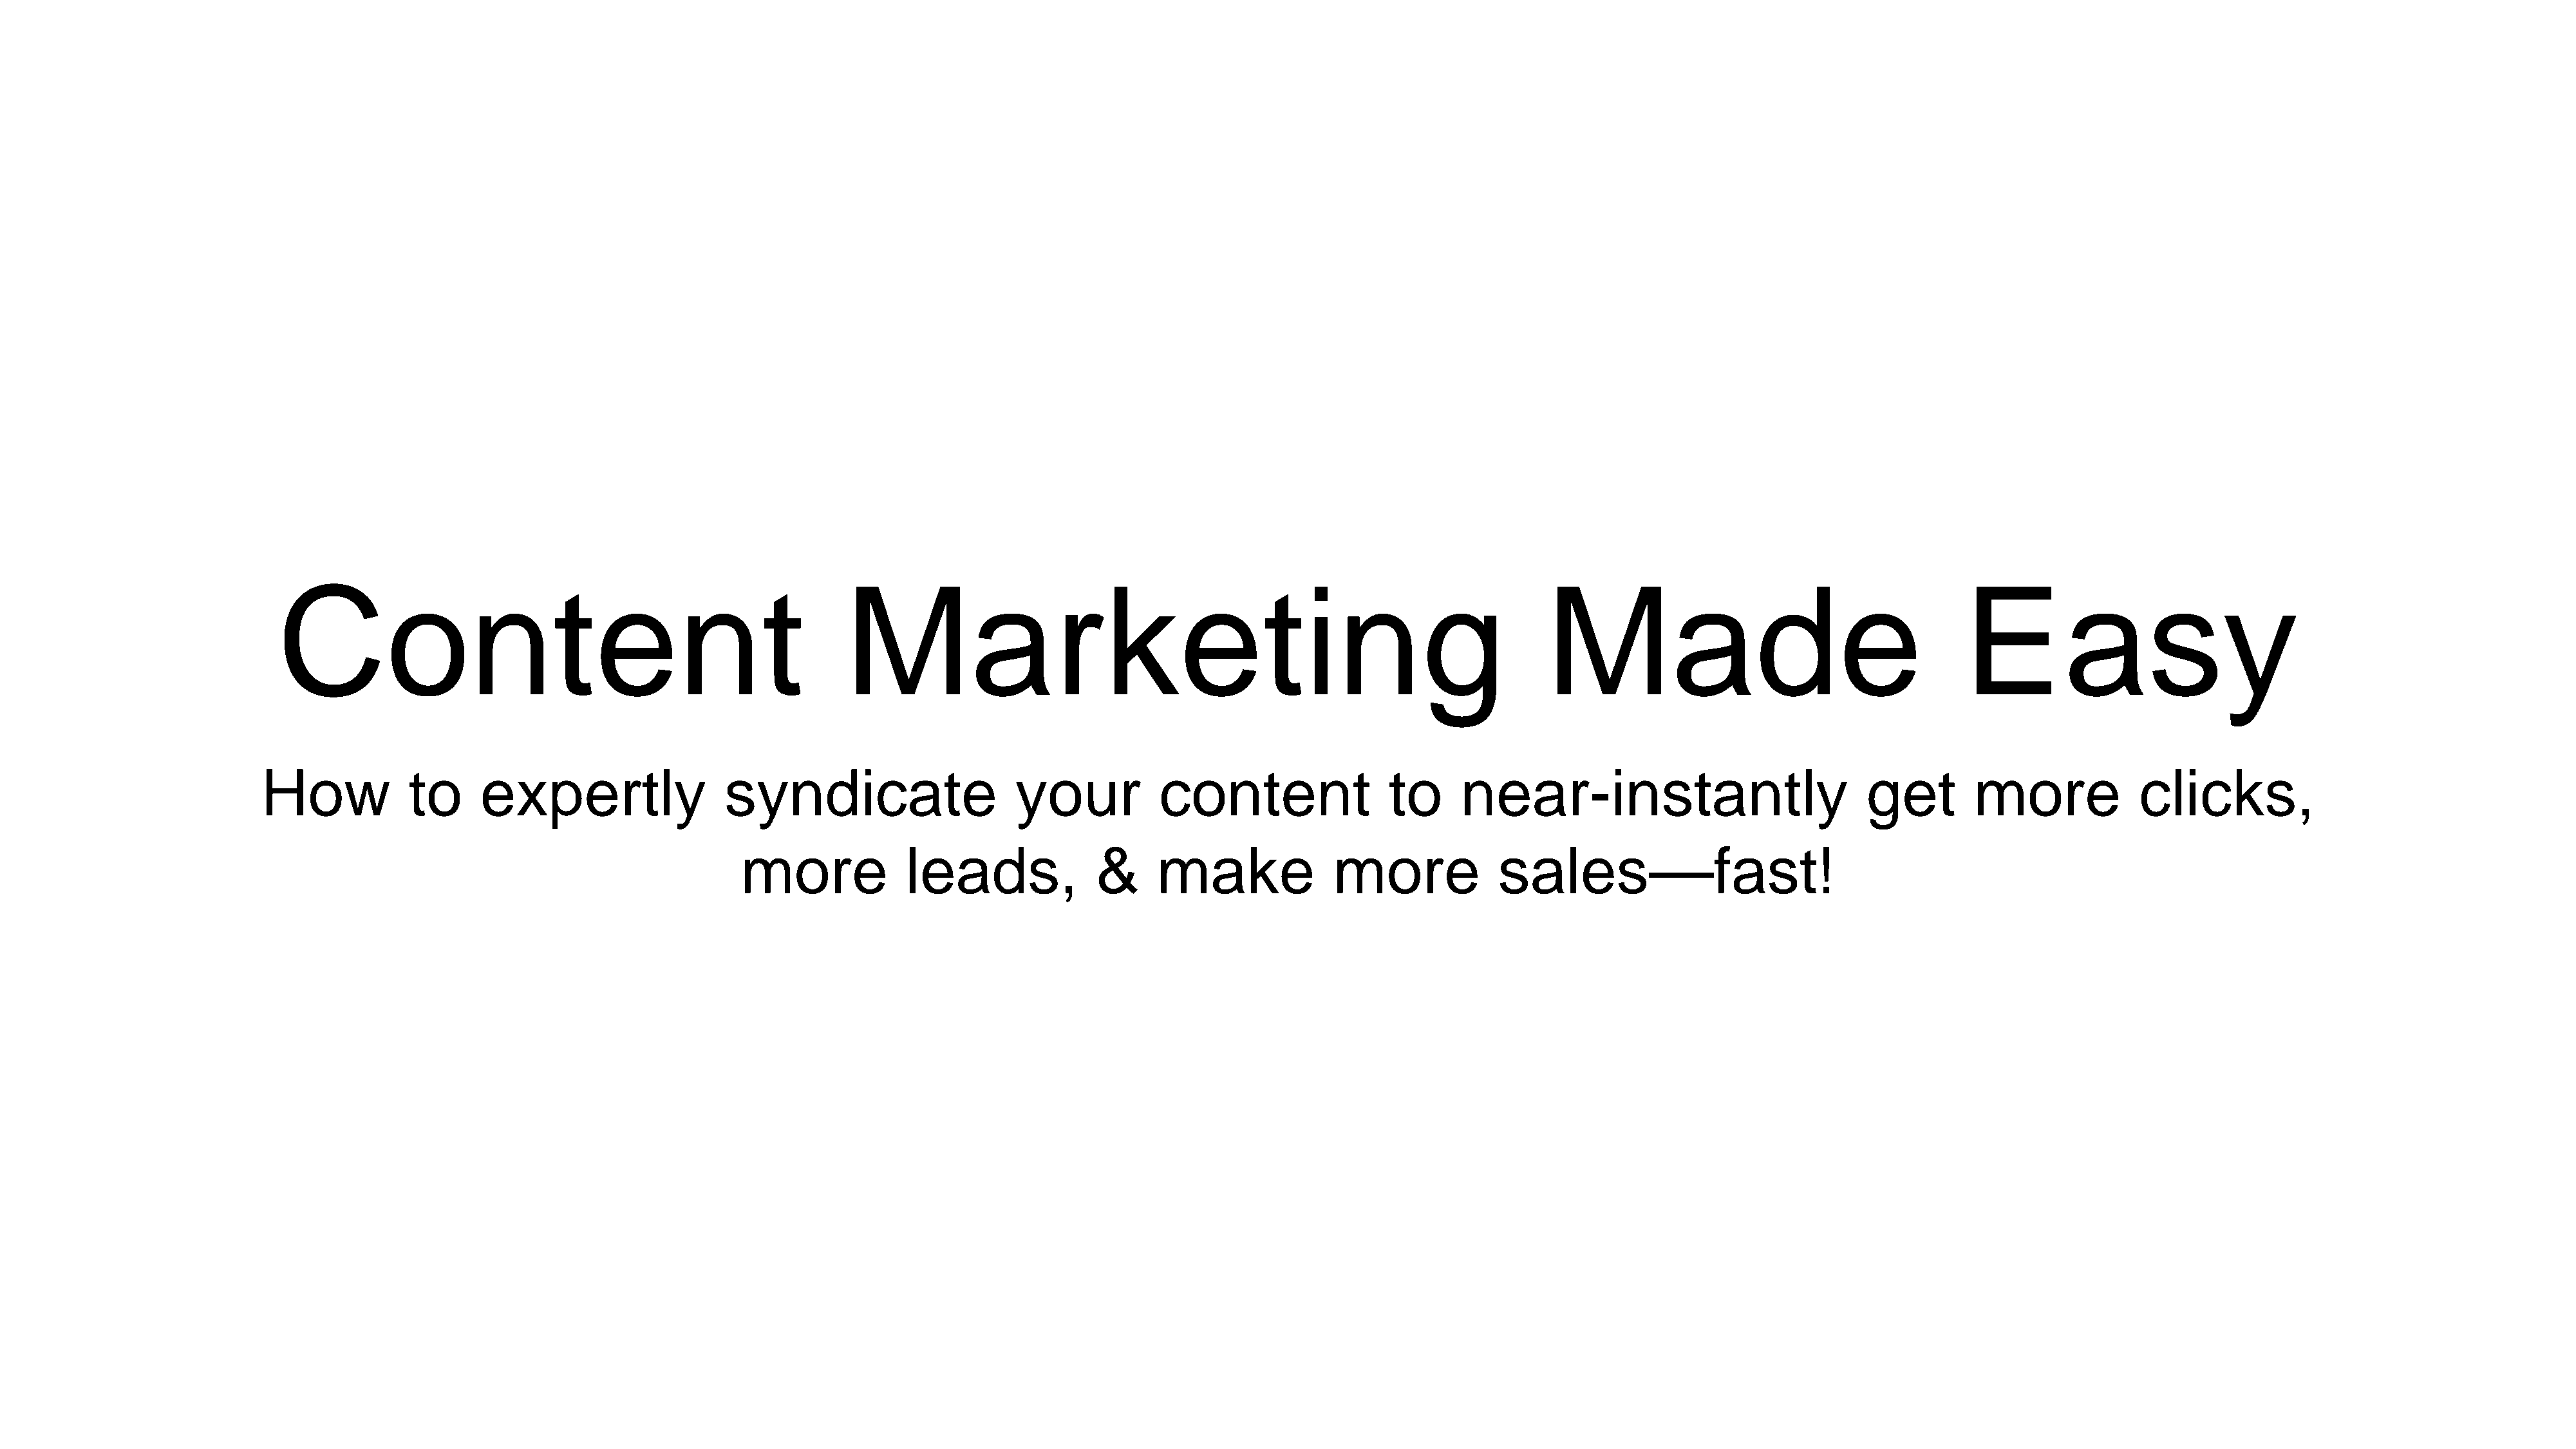
Content                                                   Marketing                                                               Made                                       Easy
 How            to     expertly                 syndicate                     your           content                 to     near-instantly                            get        more             clicks,
 more             leads,              &     make              more             sales—fast!